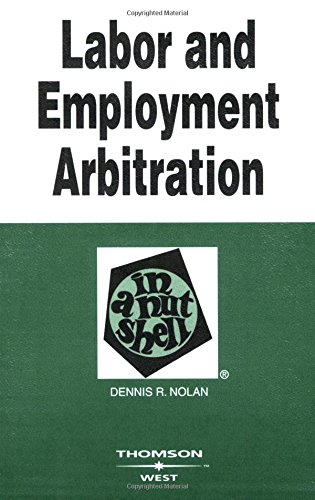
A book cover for Labor and Employment Arbitration in a Nutshell; Dennis Nolan; Law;